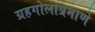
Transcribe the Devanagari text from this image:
ग्रहगोलांप्रमाणे